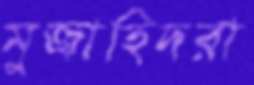
মুজাহিদরা